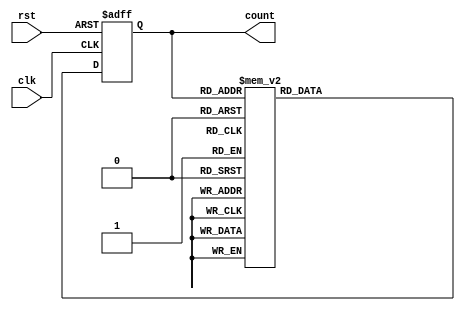
module johnson_gray_counter (
    input wire clk,       // Clock input
    input wire rst,       // Reset input
    output reg [3:0] count // Johnson Gray counter output
);

reg [3:0] next_count; // Next state of the counter

always @(posedge clk or posedge rst) begin
    if (rst) begin
        count <= 4'b0000; // Reset the counter
    end else begin
        count <= next_count; // Update the counter with next state
    end
end

always @(*) begin
    case (count)
        4'b0000: next_count = 4'b0001; // Gray code sequence
        4'b0001: next_count = 4'b0011;
        4'b0011: next_count = 4'b0010;
        4'b0010: next_count = 4'b0110;
        4'b0110: next_count = 4'b0100;
        4'b0100: next_count = 4'b0101;
        4'b0101: next_count = 4'b1101;
        4'b1101: next_count = 4'b1100;
        4'b1100: next_count = 4'b1110;
        4'b1110: next_count = 4'b1010;
        4'b1010: next_count = 4'b1011;
        4'b1011: next_count = 4'b1001;
        4'b1001: next_count = 4'b1000;
        4'b1000: next_count = 4'b0000;
        default: next_count = 4'b0000; // Default case, reset counter
    endcase
end

endmodule